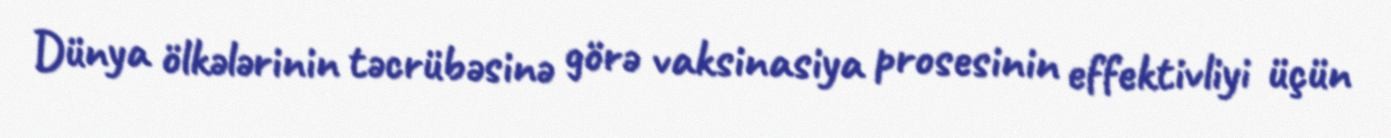
Dünya ölkələrinin təcrübəsinə görə vaksinasiya prosesinin effektivliyi üçün